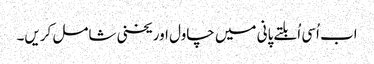
اب اُسی اُبلتے پانی میں چاول اور یخنی شامل کریں۔